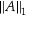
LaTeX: \left\Vert A \right\Vert _ { 1 }